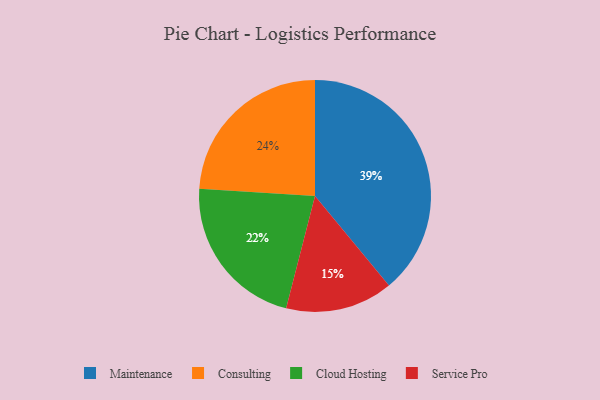
{"axis": {"x": "Category", "y": "Percentage"}, "legend": ["Cloud Hosting", "Consulting", "Maintenance", "Service Pro"], "data": [{"x": "Service Pro", "y": 15, "type": "Service Pro"}, {"x": "Consulting", "y": 24, "type": "Consulting"}, {"x": "Cloud Hosting", "y": 22, "type": "Cloud Hosting"}, {"x": "Maintenance", "y": 39, "type": "Maintenance"}]}